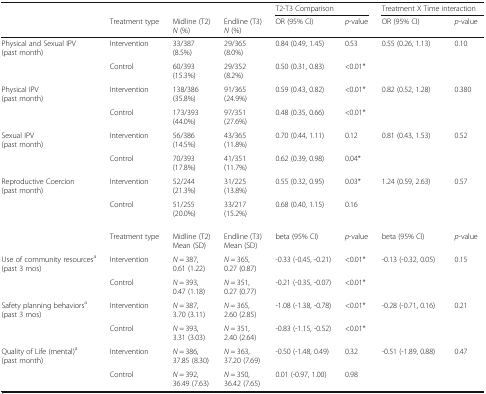
<table><thead><tr><td colspan="4"></td><td colspan="2"><b>T2-T3 Comparison</b></td><td colspan="2"><b>Treatment X Time interaction</b></td></tr><tr><td></td><td><b>Treatment type</b></td><td><b>Midline (T2)<i>N</i> (%)</b></td><td><b>Endline (T3)<i>N</i> (%)</b></td><td><b>OR (95% CI)</b></td><td><b><i>p</i>-value</b></td><td><b>OR (95% CI)</b></td><td><b><i>p</i>-value</b></td></tr></thead><tbody><tr><td rowspan="2">Physical and Sexual IPV (past month)</td><td>Intervention</td><td>33/387(8.5%)</td><td>29/365(8.0%)</td><td>0.84 (0.49, 1.45)</td><td>0.53</td><td>0.55 (0.26, 1.13)</td><td>0.10</td></tr><tr><td>Control</td><td>60/393(15.3%)</td><td>29/352(8.2%)</td><td>0.50 (0.31, 0.83)</td><td>&lt;0.01*</td><td></td><td></td></tr><tr><td rowspan="2">Physical IPV (past month)</td><td>Intervention</td><td>138/386(35.8%)</td><td>91/365(24.9%)</td><td>0.59 (0.43, 0.82)</td><td>&lt;0.01*</td><td>0.82 (0.52, 1.28)</td><td>0.380</td></tr><tr><td>Control</td><td>173/393(44.0%)</td><td>97/351(27.6%)</td><td>0.48 (0.35, 0.66)</td><td>&lt;0.01*</td><td></td><td></td></tr><tr><td rowspan="2">Sexual IPV (past month)</td><td>Intervention</td><td>56/386(14.5%)</td><td>43/365(11.8%)</td><td>0.70 (0.44, 1.11)</td><td>0.12</td><td>0.81 (0.43, 1.53)</td><td>0.52</td></tr><tr><td>Control</td><td>70/393(17.8%)</td><td>41/351(11.7%)</td><td>0.62 (0.39, 0.98)</td><td>0.04*</td><td></td><td></td></tr><tr><td rowspan="2">Reproductive Coercion (past month)</td><td>Intervention</td><td>52/244(21.3%)</td><td>31/225(13.8%)</td><td>0.55 (0.32, 0.95)</td><td>0.03*</td><td>1.24 (0.59, 2.63)</td><td>0.57</td></tr><tr><td>Control</td><td>51/255(20.0%)</td><td>33/217(15.2%)</td><td>0.68 (0.40, 1.15)</td><td>0.16</td><td></td><td></td></tr><tr><td></td><td>Treatment type</td><td>Midline (T2)Mean (SD)</td><td>Endline (T3)Mean (SD)</td><td>beta (95% CI)</td><td><i>p</i>-value</td><td>beta (95% CI)</td><td><i>p</i>-value</td></tr><tr><td rowspan="2">Use of community resources<sup>a</sup> (past 3 mos)</td><td>Intervention</td><td><i>N</i> = 387,0.61 (1.22)</td><td><i>N</i> = 365,0.27 (0.87)</td><td>-0.33 (-0.45, -0.21)</td><td>&lt;0.01*</td><td>-0.13 (-0.32, 0.05)</td><td>0.15</td></tr><tr><td>Control</td><td><i>N</i> = 393,0.47 (1.18)</td><td><i>N</i> = 351,0.27 (0.77)</td><td>-0.21 (-0.35, -0.07)</td><td>&lt;0.01*</td><td></td><td></td></tr><tr><td rowspan="2">Safety planning behaviors<sup>a</sup> (past 3 mos)</td><td>Intervention</td><td><i>N</i> = 387,3.70 (3.11)</td><td><i>N</i> = 365,2.60 (2.85)</td><td>-1.08 (-1.38, -0.78)</td><td>&lt;0.01*</td><td>-0.28 (-0.71, 0.16)</td><td>0.21</td></tr><tr><td>Control</td><td><i>N</i> = 393,3.31 (3.03)</td><td><i>N</i> = 351,2.40 (2.64)</td><td>-0.83 (-1.15, -0.52)</td><td>&lt;0.01*</td><td></td><td></td></tr><tr><td rowspan="2">Quality of Life (mental)<sup>a</sup> (past month)</td><td>Intervention</td><td><i>N</i> = 386,37.85 (8.30)</td><td><i>N</i> = 363,37.20 (7.69)</td><td>-0.50 (-1.48, 0.49)</td><td>0.32</td><td>-0.51 (-1.89, 0.88)</td><td>0.47</td></tr><tr><td>Control</td><td><i>N</i> = 392,36.49 (7.63)</td><td><i>N</i> = 350,36.42 (7.65)</td><td>0.01 (-0.97, 1.00)</td><td>0.98</td><td></td><td></td></tr></tbody></table>